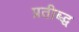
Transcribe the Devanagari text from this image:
प्रतीब्द्ध